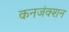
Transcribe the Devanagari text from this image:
कनजंक्शन